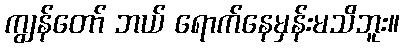
ကျွန်တော် ဘယ် ရောက်နေမှန်းမသိဘူး။